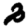
Digit: 2